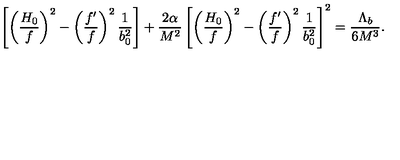
\left[ \left( \frac { H _ { 0 } } { f } \right) ^ { 2 } - \left( \frac { f ^ { \prime } } { f } \right) ^ { 2 } \frac { 1 } { b _ { 0 } ^ { 2 } } \right] + \frac { 2 \alpha } { M ^ { 2 } } \left[ \left( \frac { H _ { 0 } } { f } \right) ^ { 2 } - \left( \frac { f ^ { \prime } } { f } \right) ^ { 2 } \frac { 1 } { b _ { 0 } ^ { 2 } } \right] ^ { 2 } = \frac { \Lambda _ { b } } { 6 M ^ { 3 } } .